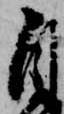
自